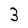
Character: 3